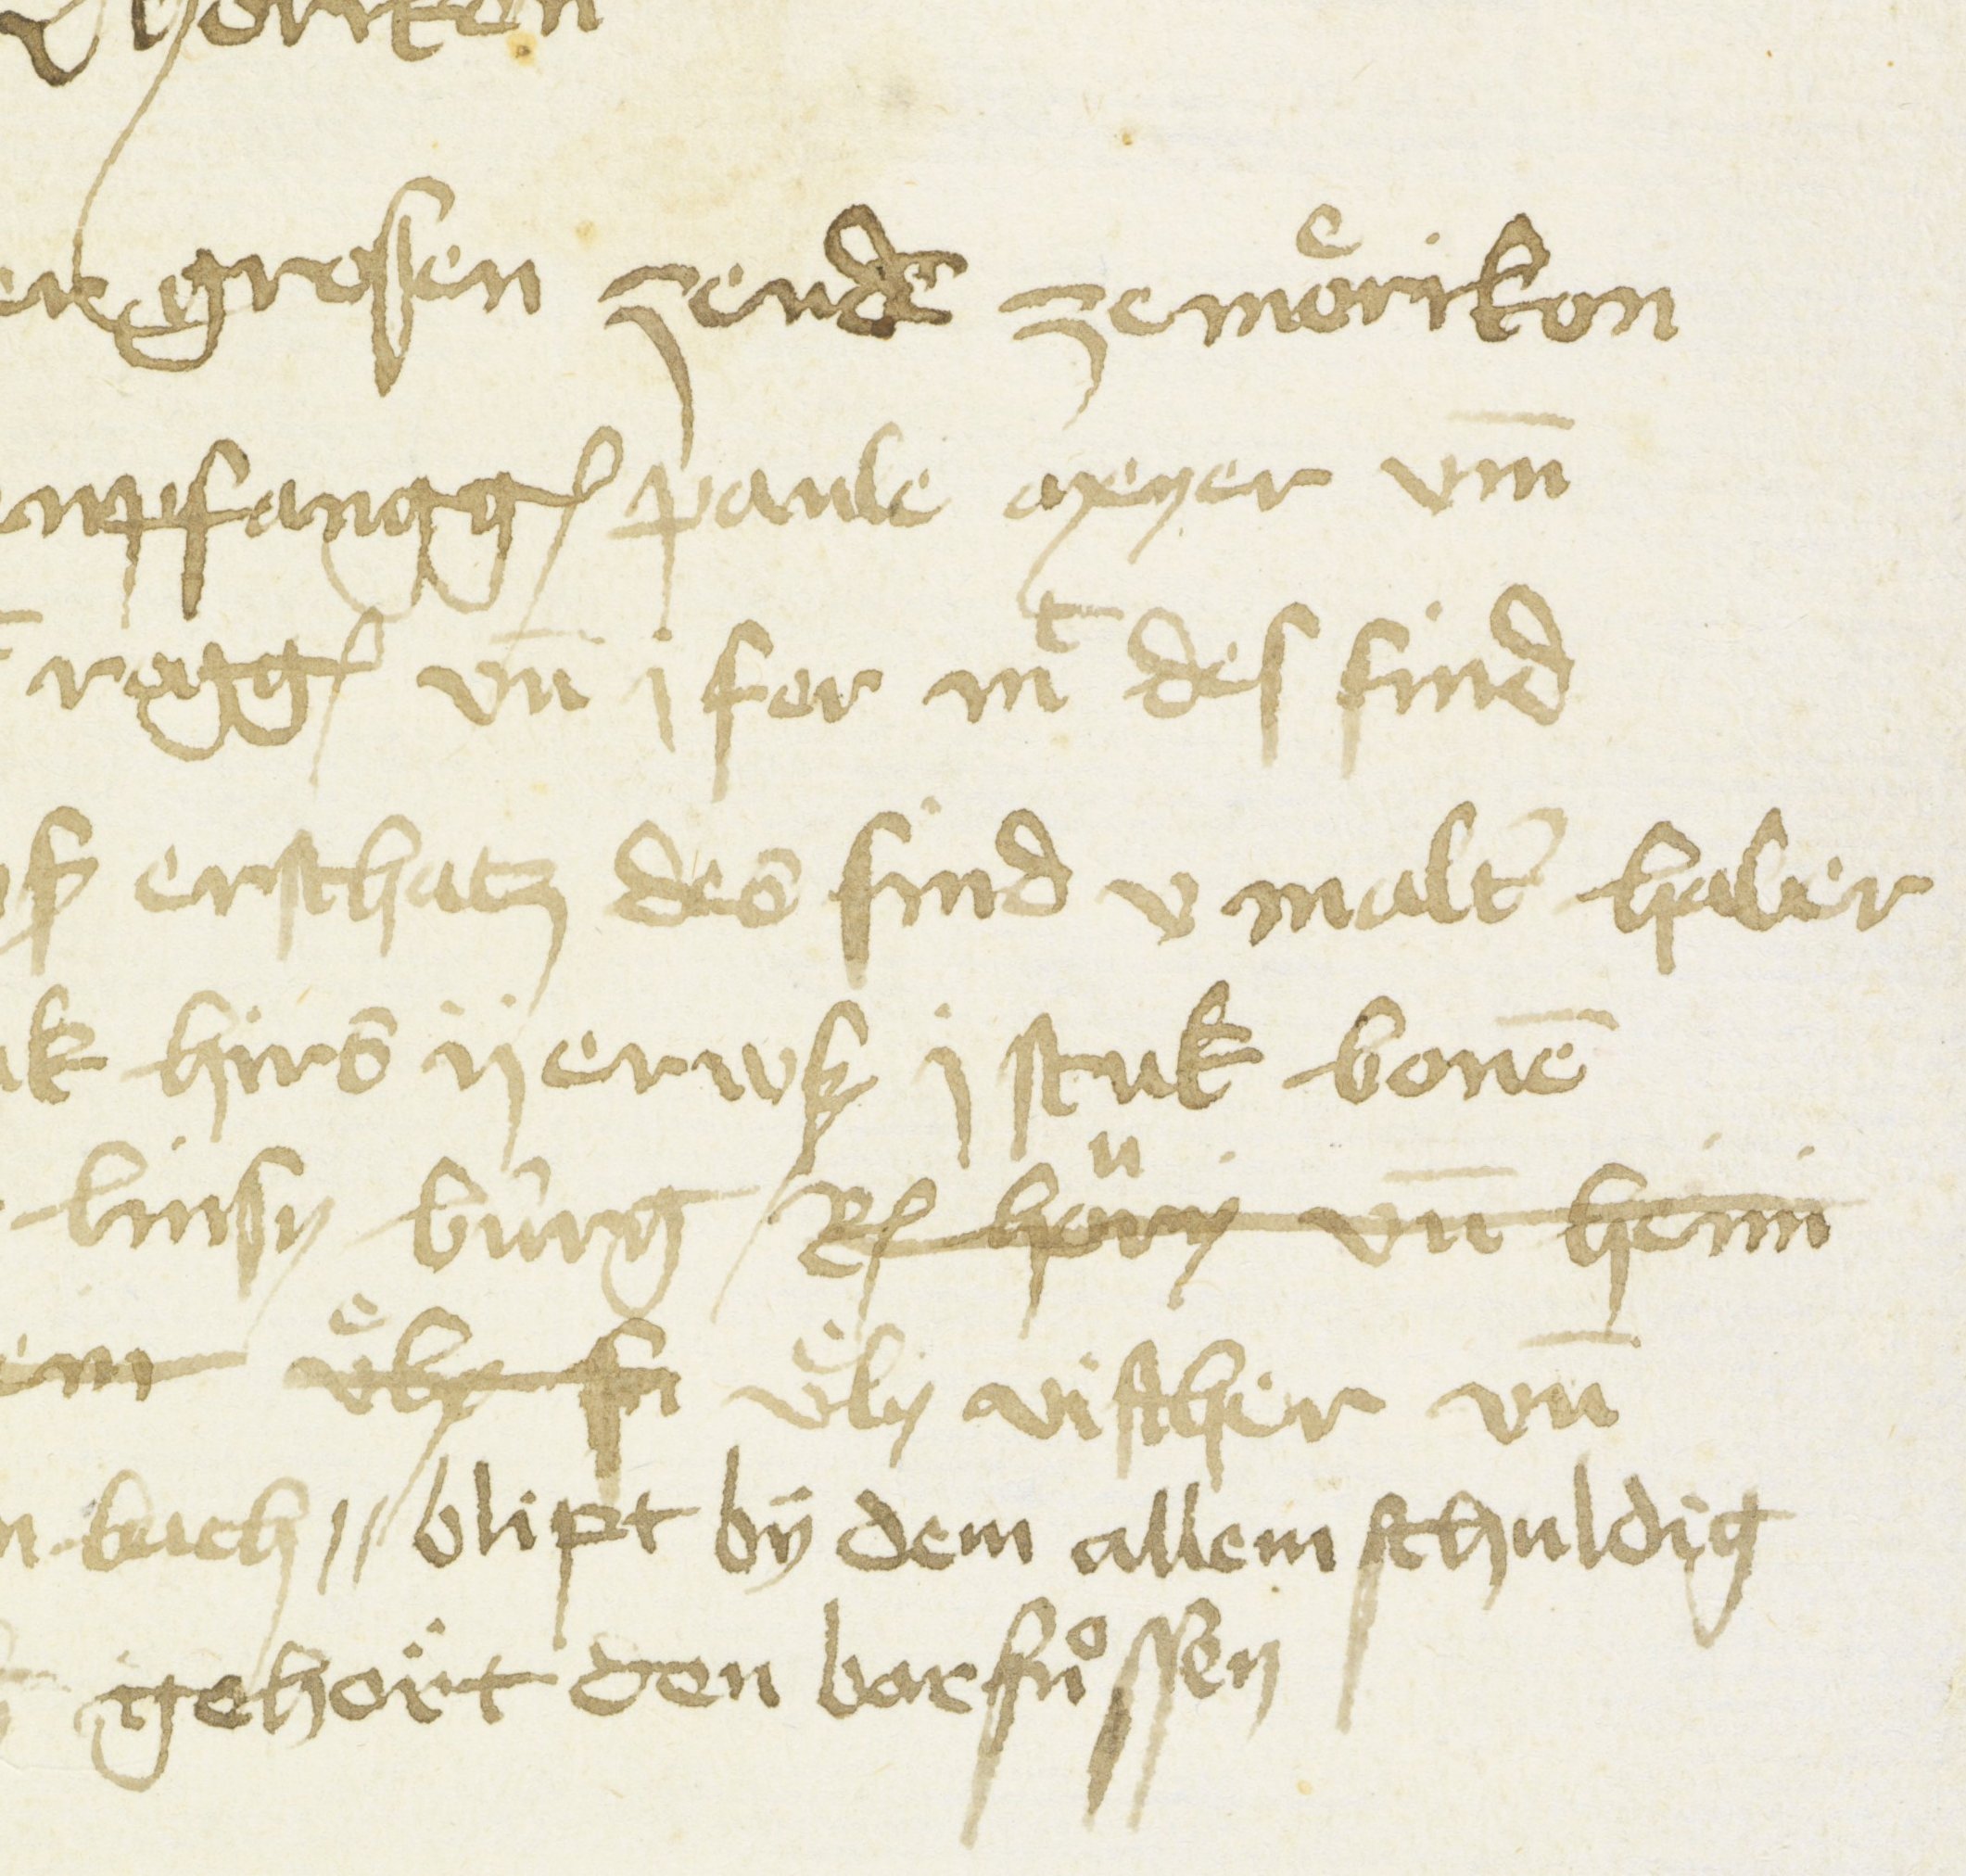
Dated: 1451–1457